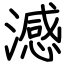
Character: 澸